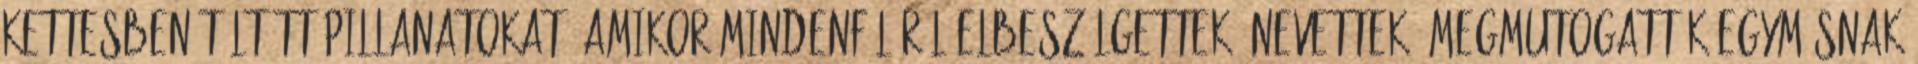
kettesben töltött pillanatokat, amikor mindenféléről elbeszélgettek, nevettek, megmutogatták egymásnak